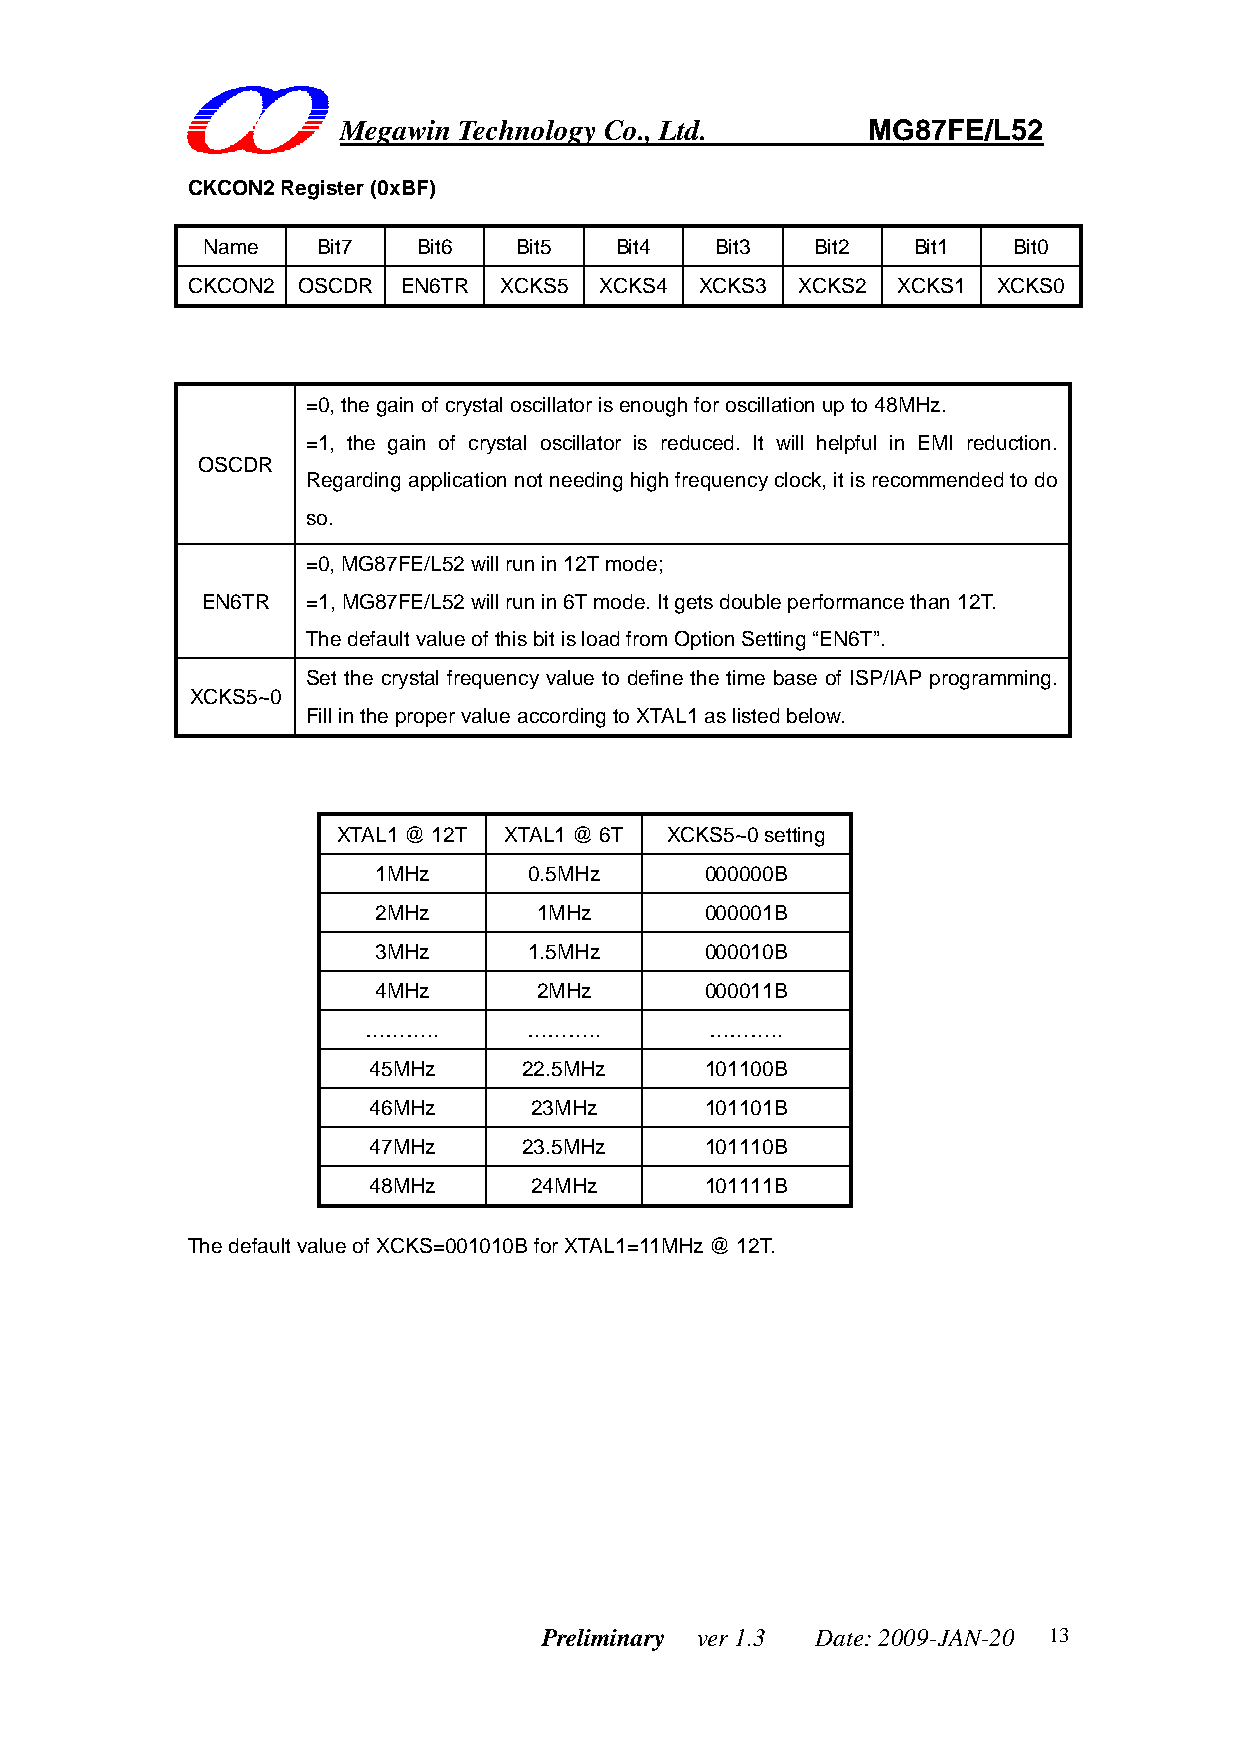
Megawin Technology Co., Ltd.       MG87FE/L52
 CKCON2 Register (0xBF)
 Name    Bit7   Bit6  Bit5   Bit4  Bit3   Bit2  Bit1   Bit0
 CKCON2  OSCDR EN6TR  XCKS5  XCKS4 XCKS3  XCKS2 XCKS1  XCKS0
 =0, the gain of crystal oscillator is enough for oscillation up to 48MHz.
 =1, the gain of crystal oscillator is reduced. It will helpful in EMI reduction.
 OSCDR
 Regarding application not needing high frequency clock, it is recommended to do
 so.
 =0, MG87FE/L52 will run in 12T mode;
 EN6TR  =1, MG87FE/L52 will run in 6T mode. It gets double performance than 12T.
 The default value of this bit is load from Option Setting “EN6T”.
 Set the crystal frequency value to define the time base of ISP/IAP programming.
 XCKS5~0
 Fill in the proper value according to XTAL1 as listed below.
 XTAL1 @ 12T XTAL1 @ 6T XCKS5~0 setting
 1MHz      0.5MHz      000000B
 2MHz       1MHz       000001B
 3MHz      1.5MHz      000010B
 4MHz      2MHz        000011B
 ………..      ………..       ………..
 45MHz      22.5MHz     101100B
 46MHz      23MHz       101101B
 47MHz      23.5MHz     101110B
 48MHz      24MHz       101111B
 The default value of XCKS=001010B for XTAL1=11MHz @ 12T.
 Preliminary ver 1.3 Date: 2009-JAN-20 13